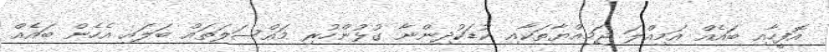
އޮފީހާއި ބައެއް އަމިއްލަ ޖަމިއްޔާތަކާއި ކުޑަކުދިންނާ ގުޅުންހުރި މައްސަލަތައް ބަލައި އެހެން ބައެއް